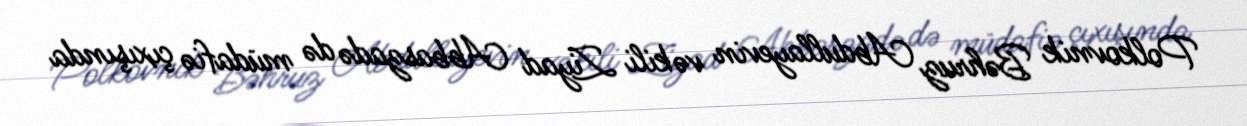
Polkovnik Bəhruz Abdullayevin vəkili Ziyad Abbaszadə də müdafiə çıxışında